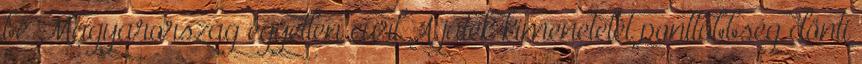
be Magyarország egyetlen curl A játék kimenetelét ponttöbbség dönti